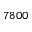
7 8 0 0